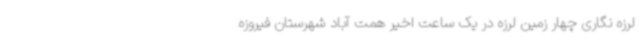
لرزه نگاری چهار زمین لرزه در یک ساعت اخیر همت آباد شهرستان فیروزه